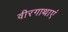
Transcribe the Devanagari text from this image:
वीरगाथाएं